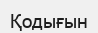
Қодығын